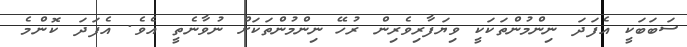
ސަބަބަކީ އެފަދަ ނިންމުންތަކަކީ ވިޔަފާރިވެރިން ރުހޭ ނިންމުންތަކަށް ނުވާނެތީ އެވެ. އެފަދަ ކޮންމެ